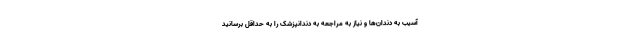
آسیب به دندان‌ها و نیاز به مراجعه به دندانپزشک را به حداقل برسانید